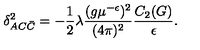
\delta _ { A C \bar { C } } ^ { 2 } = - \frac 1 2 \lambda \frac { ( g \mu ^ { - \epsilon } ) ^ { 2 } } { ( 4 \pi ) ^ { 2 } } \frac { C _ { 2 } ( G ) } { \epsilon } .